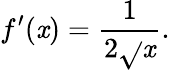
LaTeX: f^{\prime}(\mathit{x})={\frac{{1}}{{2{\sqrt{}{{\mathit{x}}}}}}}.